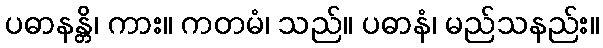
ပဓာနန္တိ၊ ကား။ ကတမံ၊ သည်။ ပဓာနံ၊ မည်သနည်း။